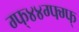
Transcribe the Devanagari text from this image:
ग्फ्४४ग्फ्ग्फ्